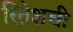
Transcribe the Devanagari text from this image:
रितेशची